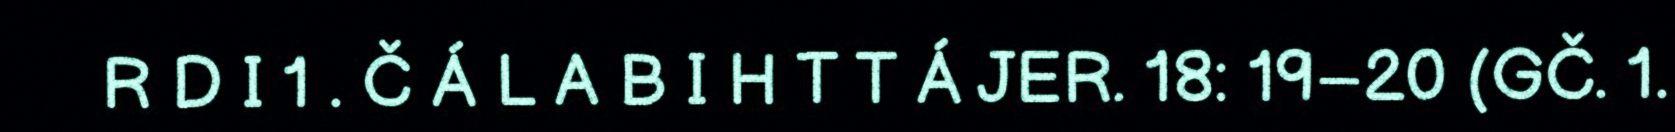
R D I 1 . Č Á L A B I H T T Á JER. 18: 19–20 (GČ. 1.